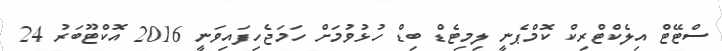
ސްޓޭޓް އިލެކްޓްރިކް ކޮމްޕެނީ ލިމިޓެޑް ބިޑް ހުޅުވުމަށް ހަމަޖެހިފައިވަނީ 2016 އޮކްޓޫބަރު 24